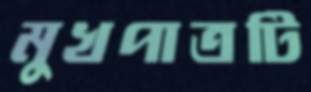
মুখপাত্রটি